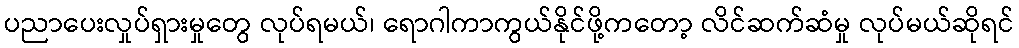
ပညာပေးလှုပ်ရှားမှုတွေ လုပ်ရမယ်၊ ရောဂါကာကွယ်နိုင်ဖို့ကတော့ လိင်ဆက်ဆံမှု လုပ်မယ်ဆိုရင်